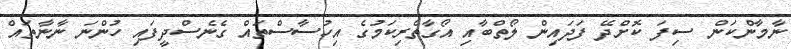
ނާމާންކަން ސިފަ ކޮށްދޭ ފަދައިން ލޯތްބާއި އޯގާތެރިކަމުގެ އިހުސާސްތައް ގެނެސްދީފައި ހުންނަ ނާނާތައް